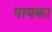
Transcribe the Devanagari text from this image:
पायका